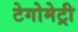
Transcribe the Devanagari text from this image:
टेगोमेट्री